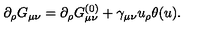
\partial _ { \rho } G _ { \mu \nu } = \partial _ { \rho } G _ { \mu \nu } ^ { ( 0 ) } + \gamma _ { \mu \nu } u _ { \rho } \theta ( u ) .